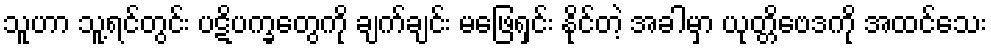
သူဟာ သူ့ရင်တွင်း ပဋိပက္ခတွေကို ချက်ချင်း မဖြေရှင်း နိုင်တဲ့ အခါမှာ ယုတ္တိဗေဒကို အထင်သေး